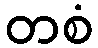
တစံ